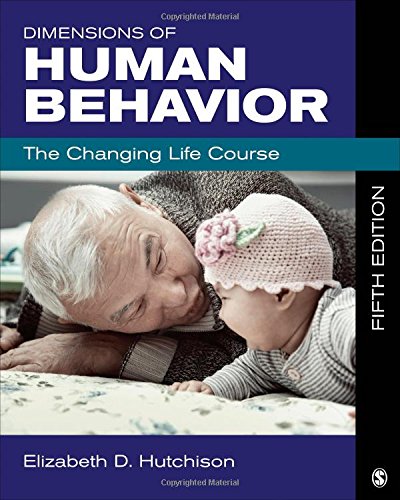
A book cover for Dimensions of Human Behavior: The Changing Life Course; Elizabeth D. Hutchison; Politics & Social Sciences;